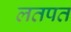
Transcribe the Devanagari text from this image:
लतपत